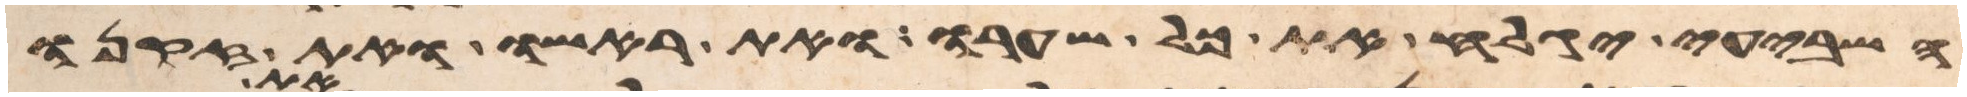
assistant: השביעי יגלח את כל שערו את ראשו ואת זקנו